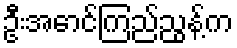
ဦးအောင်ကြည်ညွန့်က